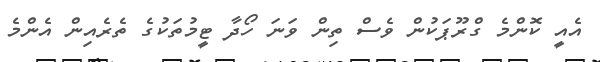
އެއީ ކޮންމެ ގްރޫޕަކުން ވެސް ތިން ވަނަ ހޯދާ ޓީމުތަކުގެ ތެރެއިން އެންމެ